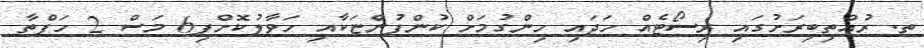
ތ. ރުއްތިބިރަށުގައި ރިސޯޓެއް ހަދައި ހިންގުމަށް ކުންފުންޏަކާއި ހަވާލުކޮށްފި6 މަސް 2 ހަފްތާ